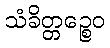
သံခိတ္တဉ္စေဝ